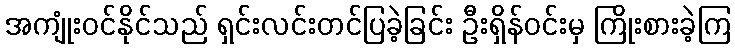
အကျုံးဝင်နိုင်သည် ရှင်းလင်းတင်ပြခဲ့ခြင်း ဦးရှိန်ဝင်းမှ ကြိုးစားခဲ့ကြ